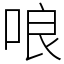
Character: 哴